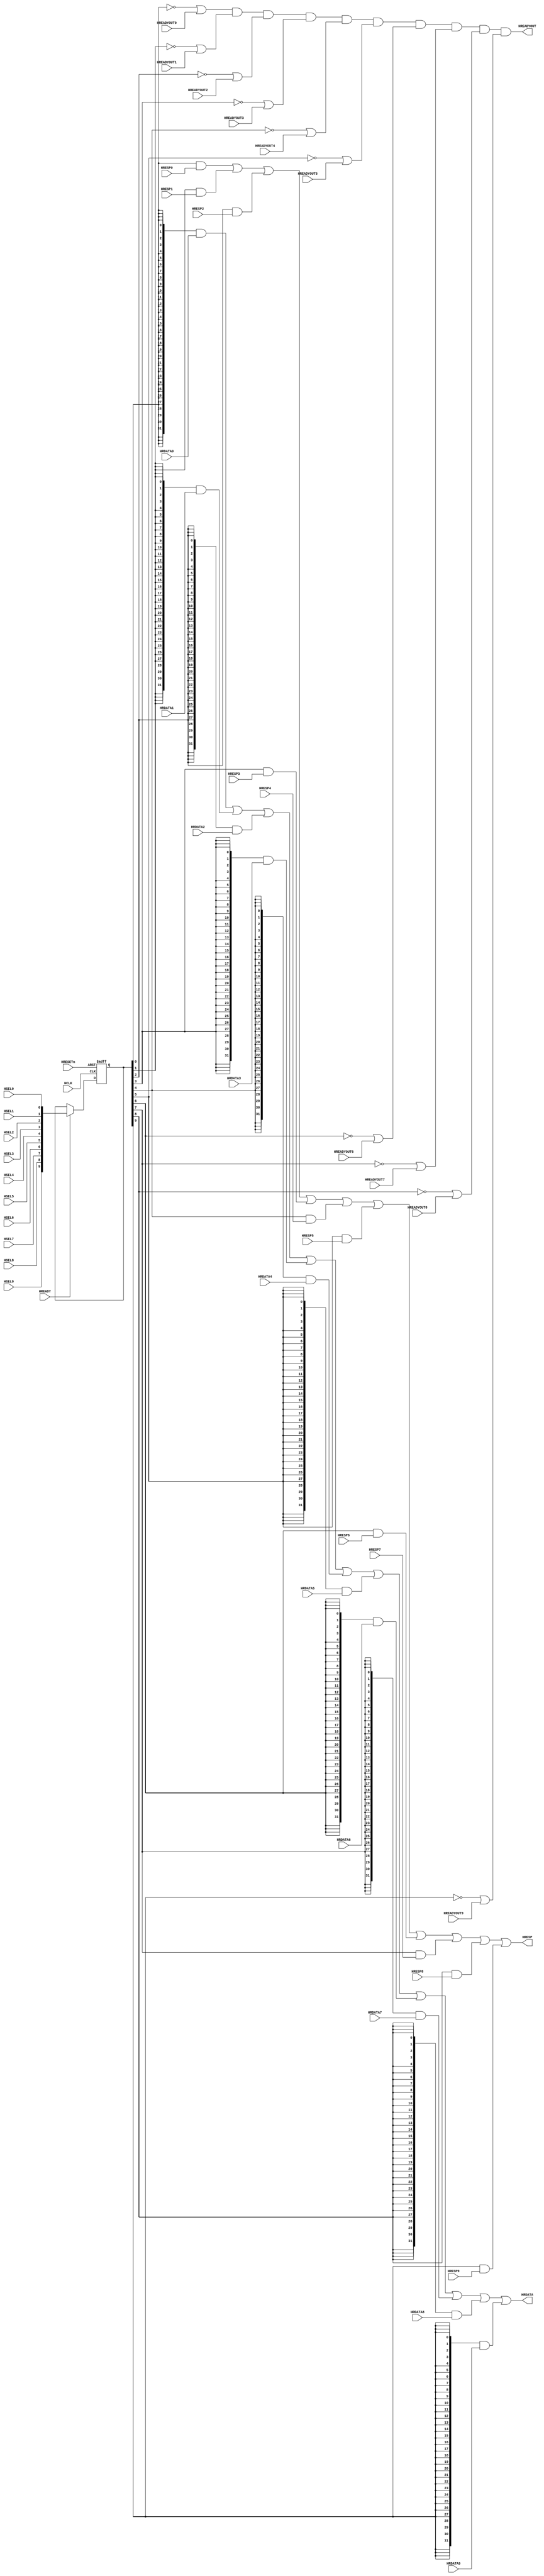
//-----------------------------------------------------------------------------
// The confidential and proprietary information contained in this file may
// only be used by a person authorised under and to the extent permitted
// by a subsisting licensing agreement from ARM Limited.
//
//            (C) COPYRIGHT 2010-2013 ARM Limited.
//                ALL RIGHTS RESERVED
//
// This entire notice must be reproduced on all copies of this file
// and copies of this file may only be made by a person if such person is
// permitted to do so under the terms of a subsisting license agreement
// from ARM Limited.
//
//      SVN Information
//
//      Checked In          : $Date: 2013-04-05 16:06:17 +0100 (Fri, 05 Apr 2013) $
//
//      Revision            : $Revision: 243003 $
//
//      Release Information : Cortex-M System Design Kit-r1p0-00rel0
//
//-----------------------------------------------------------------------------
//-----------------------------------------------------------------------------
// Abstract : Simple AHB slave multiplexer
//-----------------------------------------------------------------------------
// Each port can be disabled by parameter if not used.

module cmsdk_ahb_slave_mux #(
  // Parameters to enable/disable ports
  // By default all ports are enabled
  parameter PORT0_ENABLE=1,
  parameter PORT1_ENABLE=1,
  parameter PORT2_ENABLE=1,
  parameter PORT3_ENABLE=1,
  parameter PORT4_ENABLE=1,
  parameter PORT5_ENABLE=1,
  parameter PORT6_ENABLE=1,
  parameter PORT7_ENABLE=1,
  parameter PORT8_ENABLE=1,
  parameter PORT9_ENABLE=1,

  // Data Bus Width
  parameter DW=32
 )
 (
  input  wire          HCLK,       // Clock
  input  wire          HRESETn,    // Reset
  input  wire          HREADY,     // Bus ready
  input  wire          HSEL0,      // HSEL for AHB Slave #0
  input  wire          HREADYOUT0, // HREADY for Slave connection #0
  input  wire          HRESP0,     // HRESP  for slave connection #0
  input  wire [DW-1:0] HRDATA0,    // HRDATA for slave connection #0
  input  wire          HSEL1,      // HSEL for AHB Slave #1
  input  wire          HREADYOUT1, // HREADY for Slave connection #1
  input  wire          HRESP1,     // HRESP  for slave connection #1
  input  wire [DW-1:0] HRDATA1,    // HRDATA for slave connection #1
  input  wire          HSEL2,      // HSEL for AHB Slave #2
  input  wire          HREADYOUT2, // HREADY for Slave connection #2
  input  wire          HRESP2,     // HRESP  for slave connection #2
  input  wire [DW-1:0] HRDATA2,    // HRDATA for slave connection #2
  input  wire          HSEL3,      // HSEL for AHB Slave #3
  input  wire          HREADYOUT3, // HREADY for Slave connection #3
  input  wire          HRESP3,     // HRESP  for slave connection #3
  input  wire [DW-1:0] HRDATA3,    // HRDATA for slave connection #3
  input  wire          HSEL4,      // HSEL for AHB Slave #4
  input  wire          HREADYOUT4, // HREADY for Slave connection #4
  input  wire          HRESP4,     // HRESP  for slave connection #4
  input  wire [DW-1:0] HRDATA4,    // HRDATA for slave connection #4
  input  wire          HSEL5,      // HSEL for AHB Slave #5
  input  wire          HREADYOUT5, // HREADY for Slave connection #5
  input  wire          HRESP5,     // HRESP  for slave connection #5
  input  wire [DW-1:0] HRDATA5,    // HRDATA for slave connection #5
  input  wire          HSEL6,      // HSEL for AHB Slave #6
  input  wire          HREADYOUT6, // HREADY for Slave connection #6
  input  wire          HRESP6,     // HRESP  for slave connection #6
  input  wire [DW-1:0] HRDATA6,    // HRDATA for slave connection #6
  input  wire          HSEL7,      // HSEL for AHB Slave #7
  input  wire          HREADYOUT7, // HREADY for Slave connection #7
  input  wire          HRESP7,     // HRESP  for slave connection #7
  input  wire [DW-1:0] HRDATA7,    // HRDATA for slave connection #7
  input  wire          HSEL8,      // HSEL for AHB Slave #8
  input  wire          HREADYOUT8, // HREADY for Slave connection #8
  input  wire          HRESP8,     // HRESP  for slave connection #8
  input  wire [DW-1:0] HRDATA8,    // HRDATA for slave connection #8
  input  wire          HSEL9,      // HSEL for AHB Slave #9
  input  wire          HREADYOUT9, // HREADY for Slave connection #9
  input  wire          HRESP9,     // HRESP  for slave connection #9
  input  wire [DW-1:0] HRDATA9,    // HRDATA for slave connection #9
  output wire          HREADYOUT,  // HREADY output to AHB master and AHB slaves
  output wire          HRESP,      // HRESP to AHB master
  output wire [DW-1:0] HRDATA      // Read data to AHB master
  );

  wire          mux_hready;   // multiplexed HREADY signal
  reg     [9:0] reg_hsel;     // Register selection control
  wire    [9:0] nxt_hsel_reg; // next state for nxt_hsel_reg

  assign  nxt_hsel_reg[0] = HSEL0 & (PORT0_ENABLE!=0);
  assign  nxt_hsel_reg[1] = HSEL1 & (PORT1_ENABLE!=0);
  assign  nxt_hsel_reg[2] = HSEL2 & (PORT2_ENABLE!=0);
  assign  nxt_hsel_reg[3] = HSEL3 & (PORT3_ENABLE!=0);
  assign  nxt_hsel_reg[4] = HSEL4 & (PORT4_ENABLE!=0);
  assign  nxt_hsel_reg[5] = HSEL5 & (PORT5_ENABLE!=0);
  assign  nxt_hsel_reg[6] = HSEL6 & (PORT6_ENABLE!=0);
  assign  nxt_hsel_reg[7] = HSEL7 & (PORT7_ENABLE!=0);
  assign  nxt_hsel_reg[8] = HSEL8 & (PORT8_ENABLE!=0);
  assign  nxt_hsel_reg[9] = HSEL9 & (PORT9_ENABLE!=0);

  // Registering MuxCtrl
  always @(posedge HCLK or negedge HRESETn)
  begin
   if (~HRESETn)
     reg_hsel <= {10{1'b0}};
   else if (HREADY) // advance pipeline if HREADY is 1
     reg_hsel <= nxt_hsel_reg;
  end

  assign mux_hready =
           ((~reg_hsel[0]) | HREADYOUT0 | (PORT0_ENABLE==0)) &
           ((~reg_hsel[1]) | HREADYOUT1 | (PORT1_ENABLE==0)) &
           ((~reg_hsel[2]) | HREADYOUT2 | (PORT2_ENABLE==0)) &
           ((~reg_hsel[3]) | HREADYOUT3 | (PORT3_ENABLE==0)) &
           ((~reg_hsel[4]) | HREADYOUT4 | (PORT4_ENABLE==0)) &
           ((~reg_hsel[5]) | HREADYOUT5 | (PORT5_ENABLE==0)) &
           ((~reg_hsel[6]) | HREADYOUT6 | (PORT6_ENABLE==0)) &
           ((~reg_hsel[7]) | HREADYOUT7 | (PORT7_ENABLE==0)) &
           ((~reg_hsel[8]) | HREADYOUT8 | (PORT8_ENABLE==0)) &
           ((~reg_hsel[9]) | HREADYOUT9 | (PORT9_ENABLE==0)) ;

  assign HREADYOUT = mux_hready; // Connect to top level

  assign HRDATA =
           ({DW{(reg_hsel[0] & (PORT0_ENABLE!=0))}} & HRDATA0) |
           ({DW{(reg_hsel[1] & (PORT1_ENABLE!=0))}} & HRDATA1) |
           ({DW{(reg_hsel[2] & (PORT2_ENABLE!=0))}} & HRDATA2) |
           ({DW{(reg_hsel[3] & (PORT3_ENABLE!=0))}} & HRDATA3) |
           ({DW{(reg_hsel[4] & (PORT4_ENABLE!=0))}} & HRDATA4) |
           ({DW{(reg_hsel[5] & (PORT5_ENABLE!=0))}} & HRDATA5) |
           ({DW{(reg_hsel[6] & (PORT6_ENABLE!=0))}} & HRDATA6) |
           ({DW{(reg_hsel[7] & (PORT7_ENABLE!=0))}} & HRDATA7) |
           ({DW{(reg_hsel[8] & (PORT8_ENABLE!=0))}} & HRDATA8) |
           ({DW{(reg_hsel[9] & (PORT9_ENABLE!=0))}} & HRDATA9) ;

  assign HRESP =
           (reg_hsel[0] & HRESP0 & (PORT0_ENABLE!=0)) |
           (reg_hsel[1] & HRESP1 & (PORT1_ENABLE!=0)) |
           (reg_hsel[2] & HRESP2 & (PORT2_ENABLE!=0)) |
           (reg_hsel[3] & HRESP3 & (PORT3_ENABLE!=0)) |
           (reg_hsel[4] & HRESP4 & (PORT4_ENABLE!=0)) |
           (reg_hsel[5] & HRESP5 & (PORT5_ENABLE!=0)) |
           (reg_hsel[6] & HRESP6 & (PORT6_ENABLE!=0)) |
           (reg_hsel[7] & HRESP7 & (PORT7_ENABLE!=0)) |
           (reg_hsel[8] & HRESP8 & (PORT8_ENABLE!=0)) |
           (reg_hsel[9] & HRESP9 & (PORT9_ENABLE!=0)) ;

   // ------------------------------------------------------------

`ifdef ARM_AHB_ASSERT_ON
   // ------------------------------------------------------------
   // Assertions
   // ------------------------------------------------------------
`include "std_ovl_defines.h"

   // When HREADYOUT is low, reg_hsel must be non-zero (Property of design)
   assert_never
     #(`OVL_ERROR,`OVL_ASSERT,
       "reg_hsel must not be zero when HREADYOUT is low")
   u_ovl_readyout_asserted_when_not_active
     (.clk(HCLK), .reset_n(HRESETn),
      .test_expr( (~HREADYOUT) & (reg_hsel=={10{1'b0}}))
      );

   // Properties of the inputs of the design

   // HSEL should be one-hot
   // If this OVL fires - there is an error in the design of the address decoder
   assert_zero_one_hot
     #(`OVL_FATAL,10,`OVL_ASSERT,
       "Only one HSEL input can be activated.")
   u_ovl_hsel_one_hot
     (.clk(HCLK), .reset_n(HRESETn),
      .test_expr({HSEL0,
                  HSEL1,
                  HSEL2,
                  HSEL3,
                  HSEL4,
                  HSEL5,
                  HSEL6,
                  HSEL7,
                  HSEL8,
                  HSEL9}));

   // When HREADYOUT is low, HREADY should be low
   assert_never
     #(`OVL_ERROR,`OVL_ASSERT,
       "HREADY should be low when HREADYOUT is low")
   u_ovl_ready_mismatch
     (.clk(HCLK), .reset_n(HRESETn),
      .test_expr( (~HREADYOUT) & HREADY )
      );

   // Check if a disabled port is selected
   //  (system design error, check the verilog parameter in module instantiation)
   assert_never
     #(`OVL_ERROR,`OVL_ASSERT,
       "A disabled port is selected")
   u_ovl_disabled_port_selected
     (.clk(HCLK), .reset_n(HRESETn),
      .test_expr(HREADY & (
        ((PORT0_ENABLE==0) & HSEL0) |
        ((PORT1_ENABLE==0) & HSEL1) |
        ((PORT2_ENABLE==0) & HSEL2) |
        ((PORT3_ENABLE==0) & HSEL3) |
        ((PORT4_ENABLE==0) & HSEL4) |
        ((PORT5_ENABLE==0) & HSEL5) |
        ((PORT6_ENABLE==0) & HSEL6) |
        ((PORT7_ENABLE==0) & HSEL7) |
        ((PORT8_ENABLE==0) & HSEL8) |
        ((PORT9_ENABLE==0) & HSEL9)
        ))
      );

`endif


endmodule